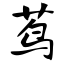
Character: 茑